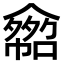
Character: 𠐂